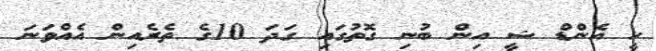
ހީ އެންޑް ޝީ އިން ބުނި ގޮތުގައި ގަދަ 10ގެ ތެރެއިން އެއްވަނަ